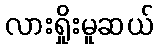
လားရှိုးမူဆယ်